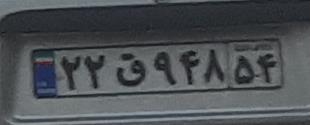
۲۲ق۹۴۸۵۴